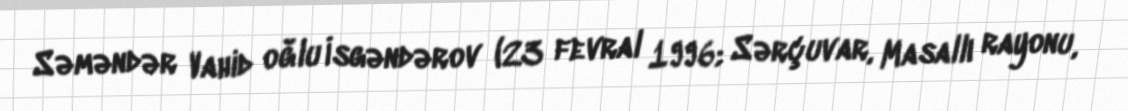
Səməndər Vahid oğlu İsgəndərov (23 fevral 1996; Sərçuvar, Masallı rayonu,